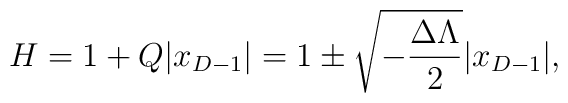
H=1+Q|x_{D-1}|=1\pm\sqrt{-{{\Delta\Lambda}\over{2}}}|x_{D-1}|,